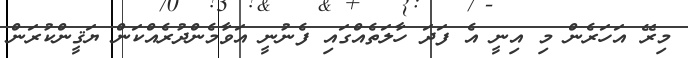
މިރޭ އަހަރެން މި އިނީ އެ ފަދަ ހާލަތެއްގައި ފެނުނީ އަވާމެންދުރެއްކަން ޔަޤީންކުރަން